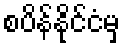
စပိန်နိုင်ငံမှ